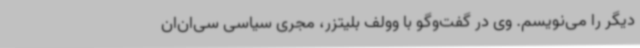
دیگر را می‌نویسم. ‌وی در گفت‌وگو با وولف بلیتزر، مجری سیاسی سی‌ان‌ان